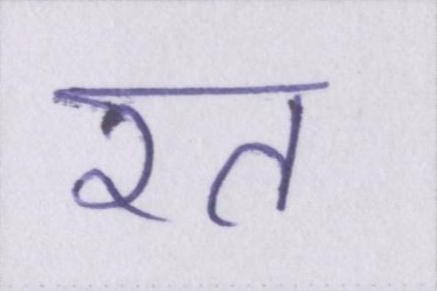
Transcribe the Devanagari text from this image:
रत